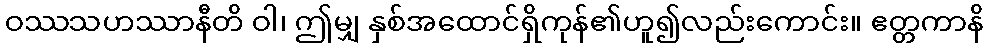
ဝဿသဟဿာနီတိ ဝါ၊ ဤမျှ နှစ်အထောင်ရှိကုန်၏ဟူ၍လည်းကောင်း။ ဧတ္တကာနိ